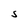
Character: S